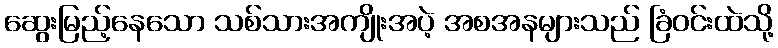
ဆွေးမြည့်နေသော သစ်သားအကျိုးအပဲ့ အစအနများသည် ခြံဝင်းထဲသို့